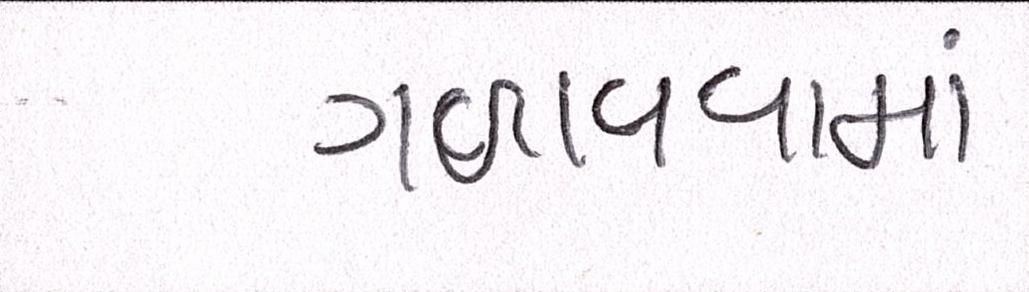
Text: ગળાવવામાં